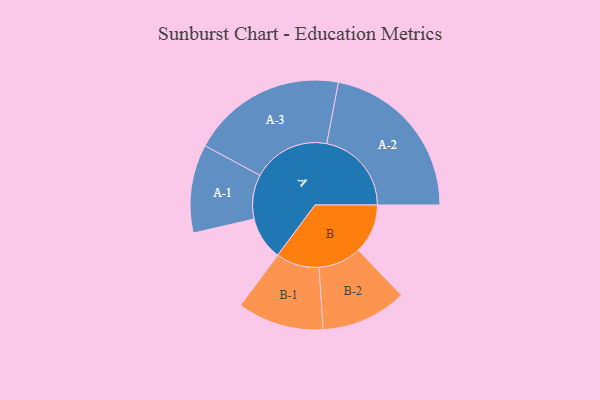
{"axis": {"x": "Segment", "y": "Value"}, "legend": ["", "A", "B"], "data": [{"x": "A", "y": 132, "type": ""}, {"x": "B", "y": 151, "type": ""}, {"x": "A-1", "y": 135, "type": "A"}, {"x": "A-2", "y": 259, "type": "A"}, {"x": "A-3", "y": 237, "type": "A"}, {"x": "B-1", "y": 132, "type": "B"}, {"x": "B-2", "y": 131, "type": "B"}]}